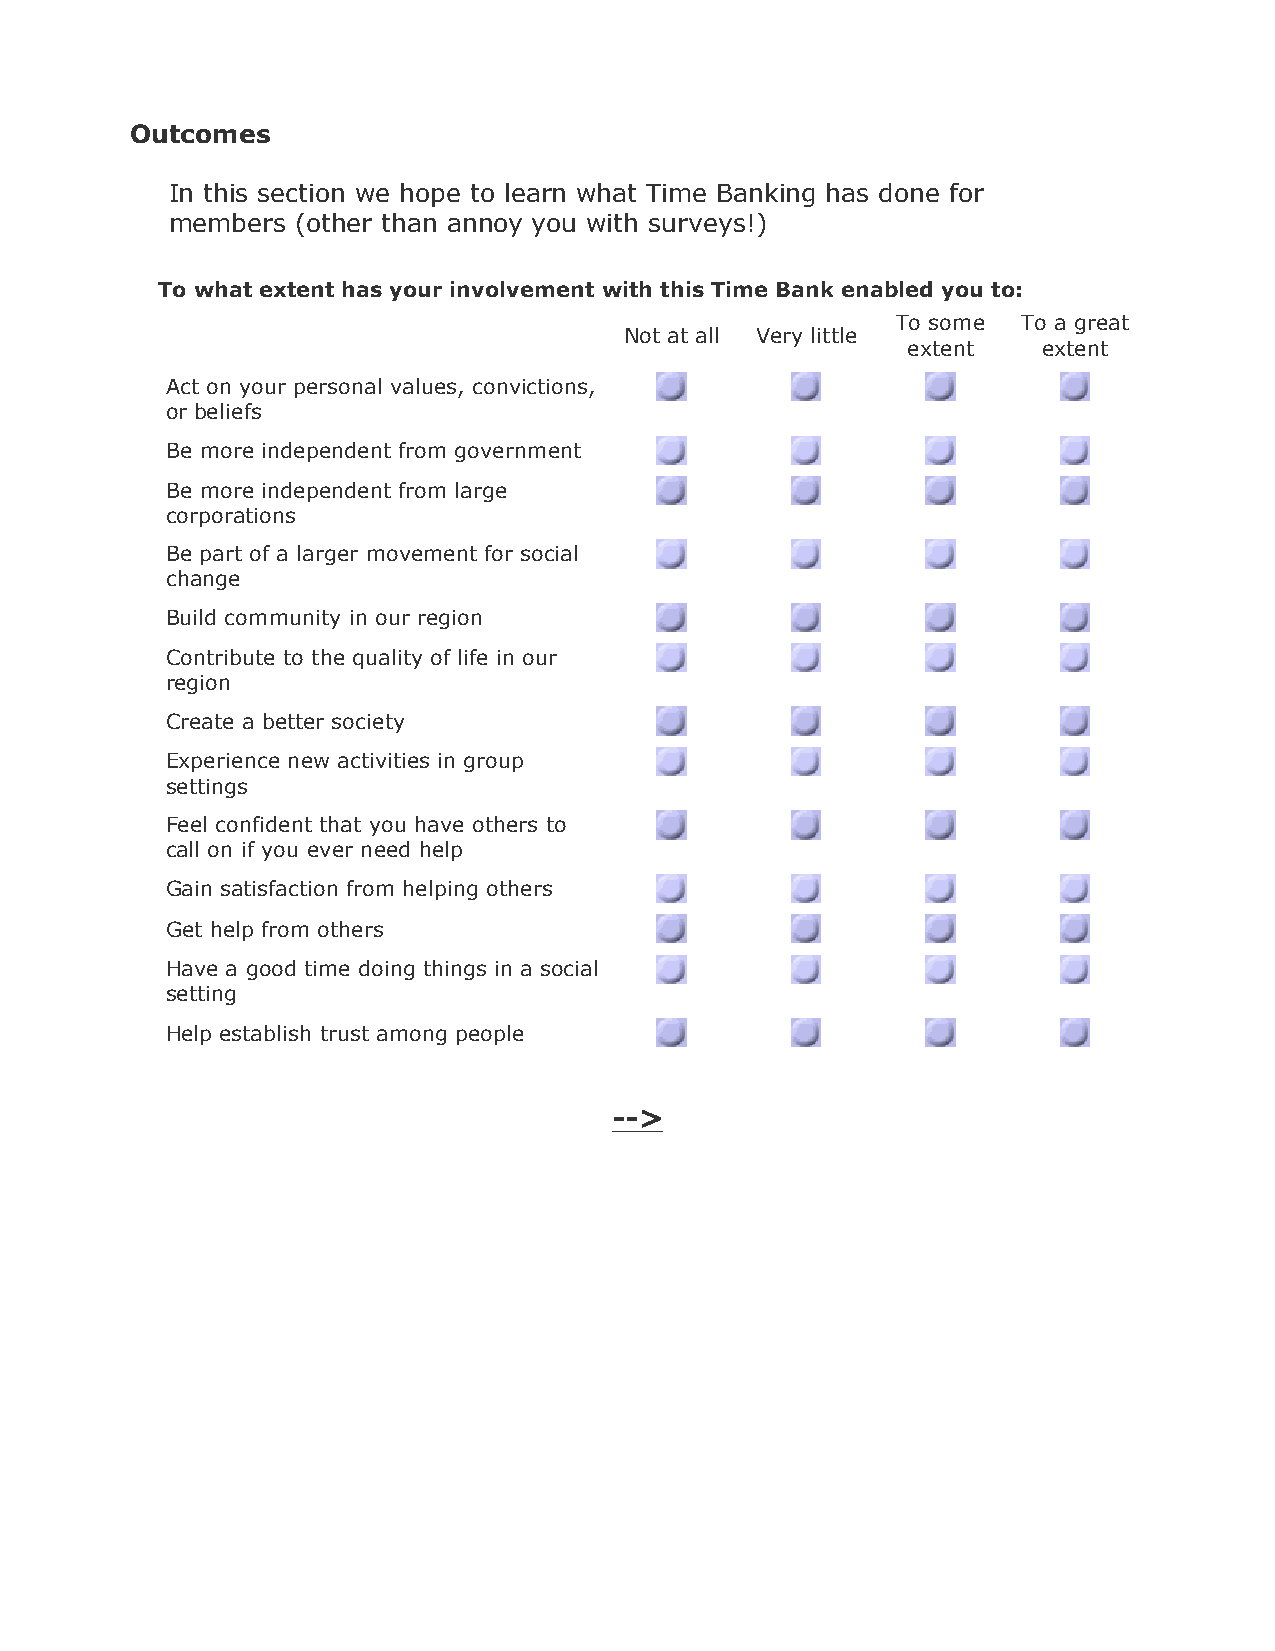
Outcomes
 In this section we hope to learn what Time Banking has done for
 members  (other than annoy you with surveys!)
 To what extent has your involvement with this Time Bank enabled you to:
 To some  To a great
 Not at all Very little
 extent   extent
 Act on your personal values, convictions,
 or beliefs
 Be more independent from government
 Be more independent from large
 corporations
 Be part of a larger movement for social
 change
 Build community in our region
 Contribute to the quality of life in our
 region
 Create a better society
 Experience new activities in group
 settings
 Feel confident that you have others to
 call on if you ever need help
 Gain satisfaction from helping others
 Get help from others
 Have a good time doing things in a social
 setting
 Help establish trust among people
 -->